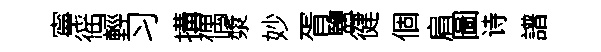
寧徭輕习搆偶漿妙胥鹽徤個肩圖诗譜